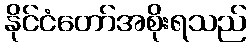
နိုင်ငံတော်အစိုးရသည်